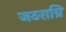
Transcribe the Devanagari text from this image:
जठराग्रि